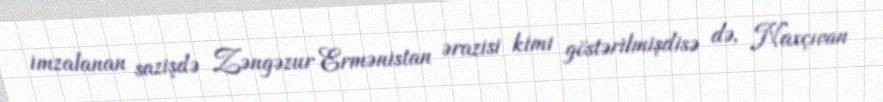
imzalanan sazişdə Zəngəzur Ermənistan ərazisi kimi göstərilmişdisə də, Naxçıvan